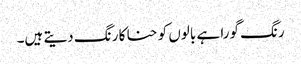
رنگ گورا ہے بالوں کو حنا کا رنگ دیتے ہیں۔